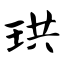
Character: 珙